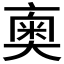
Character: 𠆇